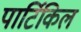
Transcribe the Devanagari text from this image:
पार्टिकिल